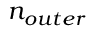
n _ { o u t e r }